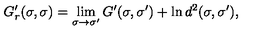
G _ { r } ^ { \prime } ( \sigma , \sigma ) = \lim _ { \sigma \rightarrow \sigma ^ { \prime } } G ^ { \prime } ( \sigma , \sigma ^ { \prime } ) + \ln d ^ { 2 } ( \sigma , \sigma ^ { \prime } ) ,